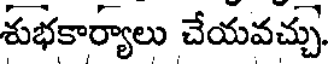
శుభకార్యాలు చేయవచ్చు.